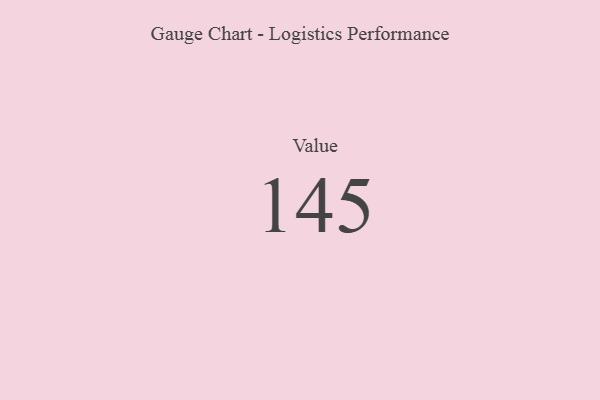
{"axis": {"x": "Metric", "y": "Value"}, "legend": [""], "data": [{"x": "Value", "y": 145, "type": ""}]}